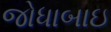
જોધાબાઇ